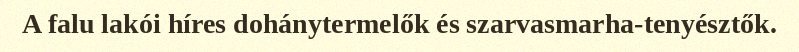
A falu lakói híres dohánytermelők és szarvasmarha-tenyésztők.